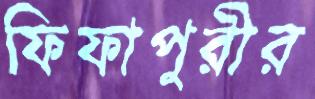
ফিফাপুরীর